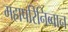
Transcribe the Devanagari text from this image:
महापरिनिब्वान